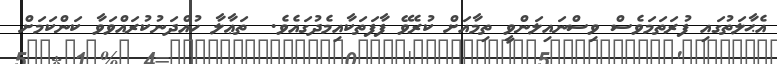
އެޙާލަތުގައި ފުރަތަމަވެސް ވިސްނައިލަންވީ ތިމާއަށް ކުރެވޭ ފާފަތަކާއިމެދުގައެވެ.  ތަޢާލާ ހުއްދަނުކުރައްވަވާ ކަންކަމަށް